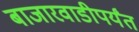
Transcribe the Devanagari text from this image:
बाजारवाडीपर्यंत